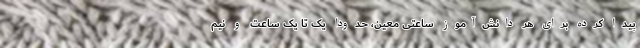
پیدا کرده برای هر دانش‌آموز ساعتی معین، حدودا یک تا یک ساعت و نیم